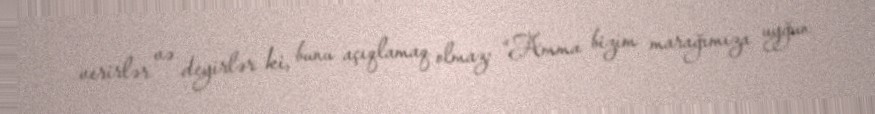
verirlər və deyirlər ki, bunu açıqlamaq olmaz: “Amma bizim marağımıza uyğun